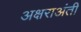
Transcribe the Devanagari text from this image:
अक्षराअंती